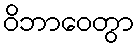
ဝိဘာဝေတွာ